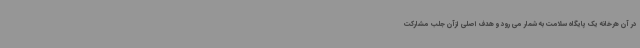
در آن هرخانه یک پایگاه سلامت به شمار می رود و هدف اصلی ازآن جلب مشارکت